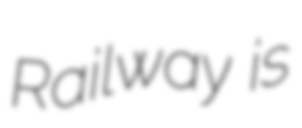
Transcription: Railway  is